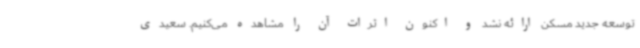
توسعه جدید مسکن ارائه نشد و اکنون اثرات آن را مشاهده می‌کنیم. سعیدی